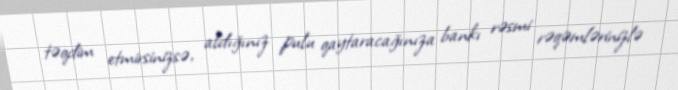
təqdim etmirsinizsə, aldığınız pulu qaytaracağınıza bankı rəsmi rəqəmlərinizlə